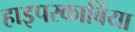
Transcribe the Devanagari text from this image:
हाइपरकार्बिया